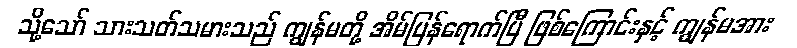
သို့သော် သားသတ်သမားသည် ကျွန်မတို့ အိမ်ပြန်ရောက်ပြီ ဖြစ်ကြောင်းနှင့် ကျွန်မအား